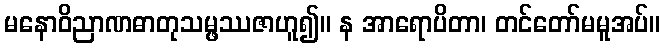
မနောဝိညာဏဓာတုသမ္ဖဿဇာဟူ၍။ န အာရောပိတာ၊ တင်တော်မမူအပ်။